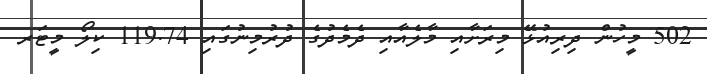
502 މީހުން ދިރިއުޅޭ މިރަށާއި މާލެއާއި ދެމެދުގެ ދުރުމިނުގައި 119.74 ކިލޯ މީޓަރ